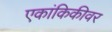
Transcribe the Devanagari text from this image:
एकांकिकीवर